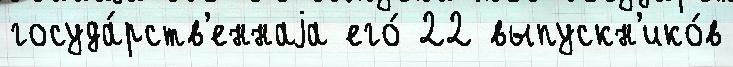
госуда́рств'еннаjа его́ 22 выпускн'ико́в